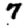
Digit: 7